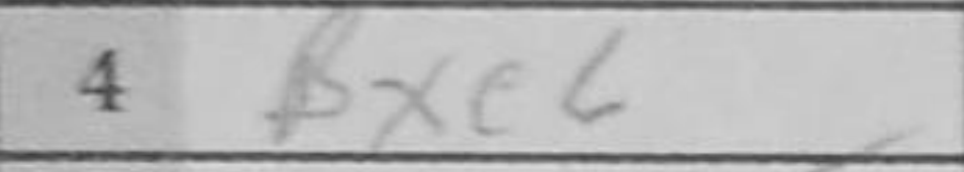
Transcription: Bxe6